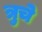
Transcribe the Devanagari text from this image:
त्रुचे